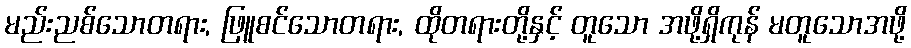
မည်းညစ်သောတရား, ဖြူစင်သောတရား, ထိုတရားတို့နှင့် တူသော အဖို့ရှိကုန် မတူသောအဖို့